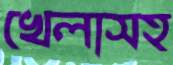
খেলাসহ